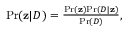
\begin{array} { r } { \mathrm { P r } ( { \mathbf z } | D ) = \frac { \mathrm { P r } ( { \mathbf z } ) \mathrm { P r } ( D | { \mathbf z } ) } { \mathrm { P r } ( D ) } , } \end{array}